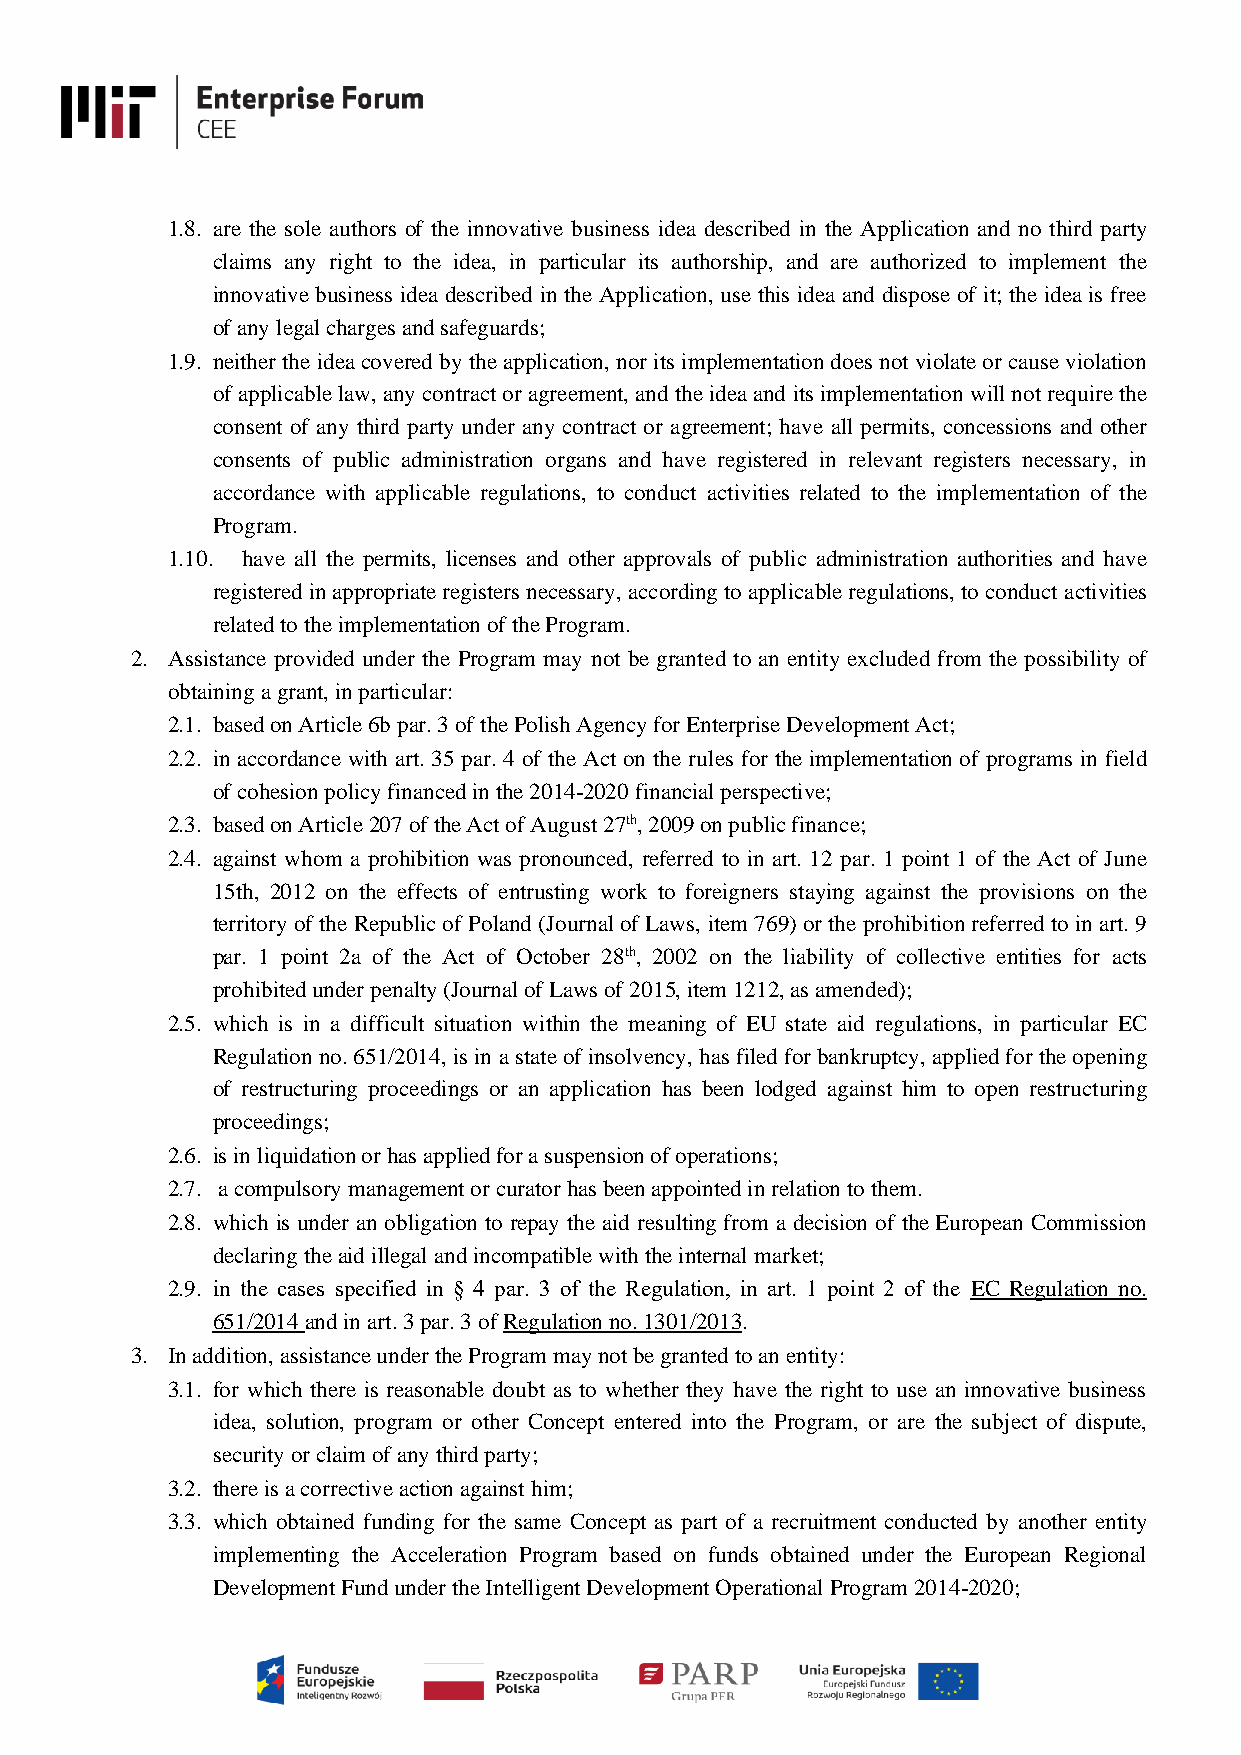
1.8. are the sole authors of the innovative business idea described in the Application and no third party
 claims any right to the idea, in particular its authorship, and are authorized to implement the
 innovative business idea described in the Application, use this idea and dispose of it; the idea is free
 of any legal charges and safeguards;
 1.9. neither the idea covered by the application, nor its implementation does not violate or cause violation
 of applicable law, any contract or agreement, and the idea and its implementation will not require the
 consent of any third party under any contract or agreement; have all permits, concessions and other
 consents of public administration organs and have registered in relevant registers necessary, in
 accordance with applicable regulations, to conduct activities related to the implementation of the
 Program.
 1.10. have all the permits, licenses and other approvals of public administration authorities and have
 registered in appropriate registers necessary, according to applicable regulations, to conduct activities
 related to the implementation of the Program.
 2. Assistance provided under the Program may not be granted to an entity excluded from the possibility of
 obtaining a grant, in particular:
 2.1. based on Article 6b par. 3 of the Polish Agency for Enterprise Development Act;
 2.2. in accordance with art. 35 par. 4 of the Act on the rules for the implementation of programs in field
 of cohesion policy financed in the 2014-2020 financial perspective;
 2.3. based on Article 207 of the Act of August 27th, 2009 on public finance;
 2.4. against whom a prohibition was pronounced, referred to in art. 12 par. 1 point 1 of the Act of June
 15th, 2012 on the effects of entrusting work to foreigners staying against the provisions on the
 territory of the Republic of Poland (Journal of Laws, item 769) or the prohibition referred to in art. 9
 par. 1 point 2a of the Act of October 28th, 2002 on the liability of collective entities for acts
 prohibited under penalty (Journal of Laws of 2015, item 1212, as amended);
 2.5. which is in a difficult situation within the meaning of EU state aid regulations, in particular EC
 Regulation no. 651/2014, is in a state of insolvency, has filed for bankruptcy, applied for the opening
 of restructuring proceedings or an application has been lodged against him to open restructuring
 proceedings;
 2.6. is in liquidation or has applied for a suspension of operations;
 2.7. a compulsory management or curator has been appointed in relation to them.
 2.8. which is under an obligation to repay the aid resulting from a decision of the European Commission
 declaring the aid illegal and incompatible with the internal market;
 2.9. in the cases specified in § 4 par. 3 of the Regulation, in art. 1 point 2 of the EC Regulation no.
 651/2014 and in art. 3 par. 3 of Regulation no. 1301/2013.
 3. In addition, assistance under the Program may not be granted to an entity:
 3.1. for which there is reasonable doubt as to whether they have the right to use an innovative business
 idea, solution, program or other Concept entered into the Program, or are the subject of dispute,
 security or claim of any third party;
 3.2. there is a corrective action against him;
 3.3. which obtained funding for the same Concept as part of a recruitment conducted by another entity
 implementing the Acceleration Program based on funds obtained under the European Regional
 Development Fund under the Intelligent Development Operational Program 2014-2020;